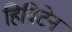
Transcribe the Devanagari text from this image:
हिबिटेन